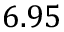
6 . 9 5